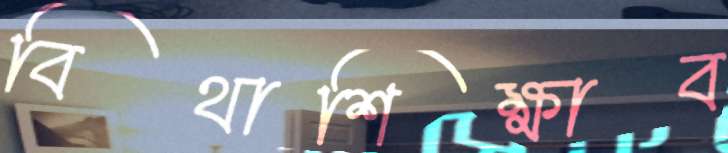
বিথাশিক্ষাব